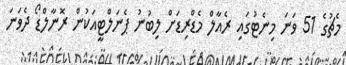
މެޗުގެ 51 ވަނަ މިނެޓުގައި ރެއާލް މެޑްރިޑަށް ލިބުނު ޕެނަލްޓީއަކުން ރޮނާލްޑޯ ދެވަނަ